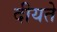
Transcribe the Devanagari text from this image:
दीयते